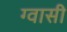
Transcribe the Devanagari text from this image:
ग्वासी